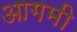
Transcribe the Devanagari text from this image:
आगमी